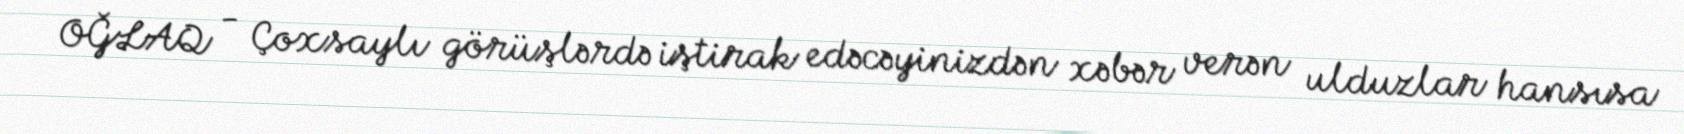
OĞLAQ - Çoxsaylı görüşlərdə iştirak edəcəyinizdən xəbər verən ulduzlar hansısa